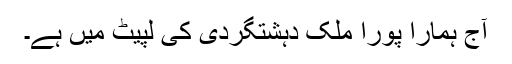
آج ہمارا پورا ملک دہشتگردی کی لپیٹ میں ہے۔